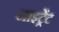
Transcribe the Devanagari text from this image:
नाइट्रेंट